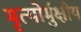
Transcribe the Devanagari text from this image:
मृत्‍योर्मुक्षीय